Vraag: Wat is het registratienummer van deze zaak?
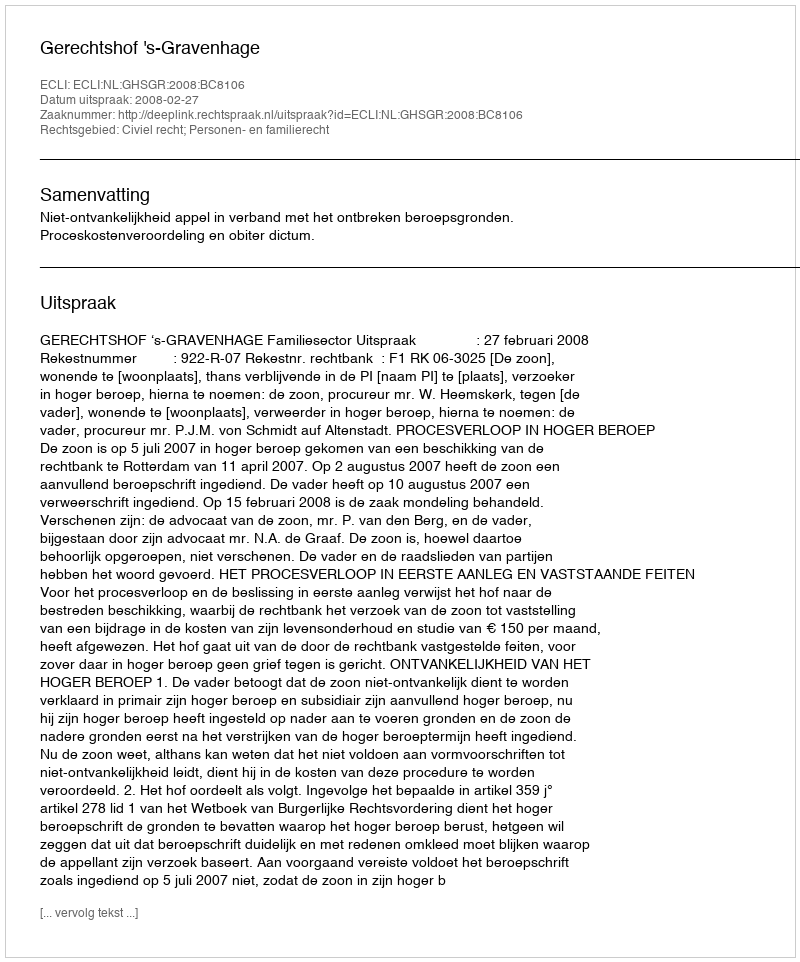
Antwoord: http://deeplink.rechtspraak.nl/uitspraak?id=ECLI:NL:GHSGR:2008:BC8106